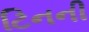
ટિનની